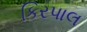
કિરપાલ